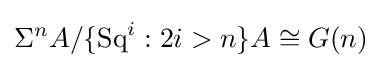
\Sigma ^{n}A/\{\operatorname {Sq} ^{i}:2i>n\}A\cong G(n)